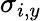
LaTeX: \sigma_{i,y}